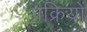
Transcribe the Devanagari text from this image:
प्रक्रियों